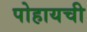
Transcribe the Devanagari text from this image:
पोहायची